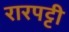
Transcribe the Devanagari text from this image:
रारपट्टी